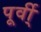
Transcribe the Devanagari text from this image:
पूर्वी्